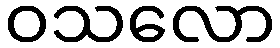
ဝသလော